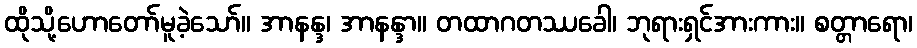
ထိုသို့ဟောတော်မူခဲ့သော်။ အာနန္ဒ၊ အာနန္ဒာ။ တထာဂတဿခေါ၊ ဘုရားရှင်အားကား။ စတ္တာရော၊